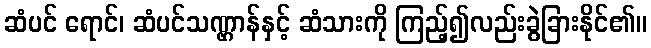
ဆံပင် ရောင်၊ ဆံပင်သဏ္ဌာန်နှင့် ဆံသားကို ကြည့်၍လည်းခွဲခြားနိုင်၏။